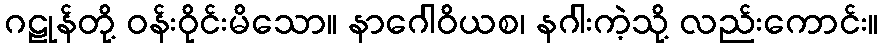
ဂဠုန်တို့ ဝန်းဝိုင်းမိသော။ နာဂေါဝိယစ၊ နဂါးကဲ့သို့ လည်းကောင်း။